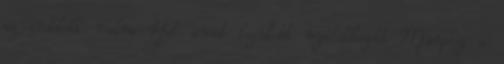
az erdekelt volna Hat amit legutobb nyilatkozott Murphy a